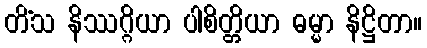
တိံသ နိဿဂ္ဂိယာ ပါစိတ္တိယာ ဓမ္မာ နိဋ္ဌိတာ။